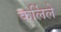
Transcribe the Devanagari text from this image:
कर्लिले